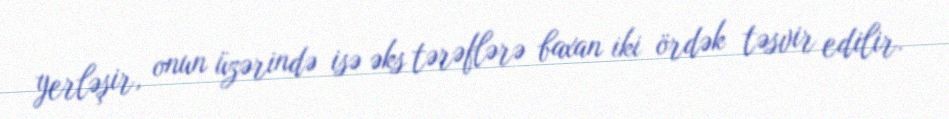
yerləşir, onun üzərində isə əks tərəflərə baxan iki ördək təsvir edilir.